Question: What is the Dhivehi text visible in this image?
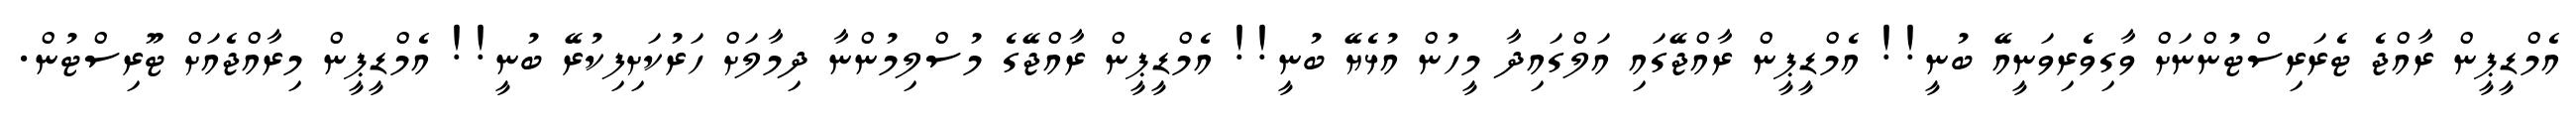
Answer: އެމްޑީޕީން ރާއްޖެ ޓެރަރިސްޓުންނަށް ވާގިވެރިވަނީއޭ ބުނީ!! އެމްޑީޕީން ރާއްޖޭގައި އަލްގައިދާ މީހުން އުޅެޔޭ ބުނީ!! އެމްޑީޕީން ރާއްޖޭގެ މުސްލިމުންނާ ދިމާލަށް ހަރުކަށިފިކުރޭ ބުނީ!! އެމްޑީޕީން މިރާއްޖެއަށް ޓޫރިސްޓުން.